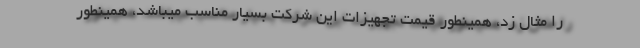
را مثال زد، همینطور قیمت تجهیزات این شرکت بسیار مناسب میباشد، همینطور